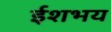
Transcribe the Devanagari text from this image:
ईशभय